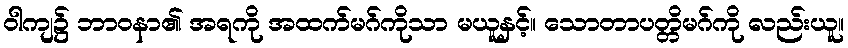
ဝါကျ၌ ဘာဝနာ၏ အရကို အထက်မဂ်ကိုသာ မယူနှင့်။ သောတာပတ္တိမဂ်ကို လည်းယူ။